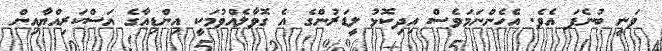
ވަނީ ބުނެފަ އެވެ. އެހެންނަމަވެސް އިދިކޮޅު ލީޑަރުންގެ އެ ގޮވާލެއްވުމަކީ އިންޑިއާގެ އަސްކަރިއްޔާއިން